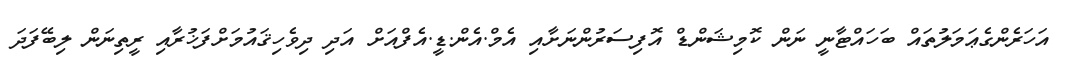
އަހަރެންގެޢަމަލުތައް ބަހައްޓާނީ ނަން ކޮމިޝަންޑް އޮފިސަރުންނަށާއި އެމް.އެން.ޑީ.އެފްއަށް އަދި ދިވެހިޤައުމަށްފަޚުރާއި ރީތިނަން ލިބޭފަދަ